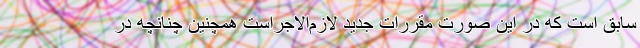
سابق است که در این صورت مقررات جدید لازم‌الاجراست همچنین چنانچه در